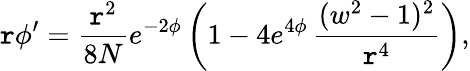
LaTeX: \mathtt{r}\phi^{\prime}=\frac{{\mathtt{r}^{2}}}{{8N}}e^{-2\phi}\left(1-4e^{4\phi}\, \frac{{(w^{2}-1)^{2}}}{{\mathtt{r}^{4}}}\right),